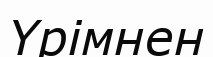
Үрімнен